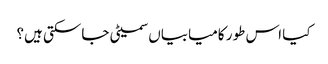
کیا اس طور کامیابیاں سمیٹی جاسکتی ہیں؟